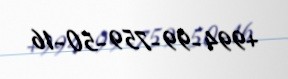
+994-99-759-50-16